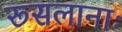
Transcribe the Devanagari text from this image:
रूसलानाः